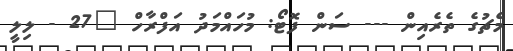
މެޗުގެ ތެރެއިން --- ސަން ފޮޓޯ: މުހައްމަދު އަފްރާހް "27 - ލިލީ